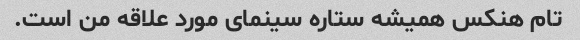
تام هنکس همیشه ستاره سینمای مورد علاقه من است.